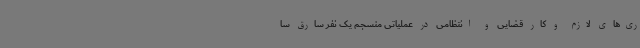
ری‌های لازم و کار قضایی و انتظامی در عملیاتی منسجم یک نفر سارق سا